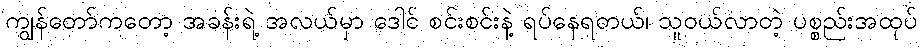
ကျွန်တော်ကတော့ အခန်းရဲ့ အလယ်မှာ ဒေါင် စင်းစင်းနဲ့ ရပ်နေရတယ်၊ သူဝယ်လာတဲ့ ပစ္စည်းအထုပ်